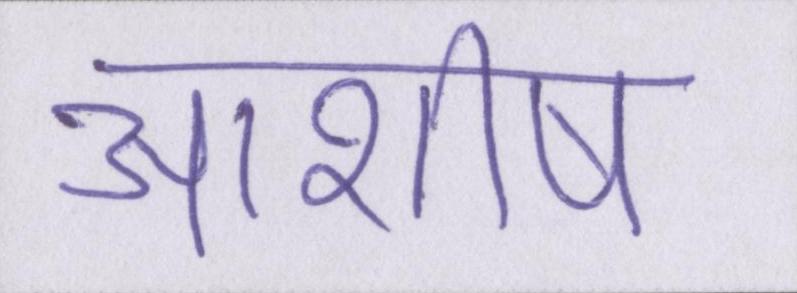
आशीष